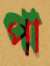
পা